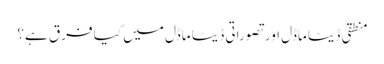
منطقی ڈیٹا ماڈل اور تصوراتی ڈیٹا ماڈل میں کیا فرق ہے؟